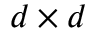
d \times d